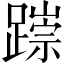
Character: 𨅃